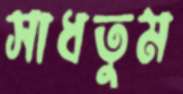
সাধতুম